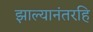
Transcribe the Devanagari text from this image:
झाल्यानंतरहि